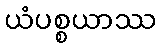
ယံပစ္စယာဿ